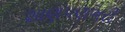
શાણપણભરી